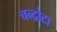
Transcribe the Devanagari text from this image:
चन्द्रोटा